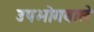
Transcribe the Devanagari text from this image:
उपभोगवाले